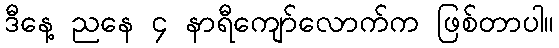
ဒီနေ့ ညနေ ၄ နာရီကျော်လောက်က ဖြစ်တာပါ။